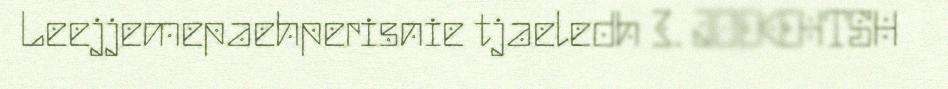
Leejjemepaehperisnie tjaeledh 3. JOEKEHTSH